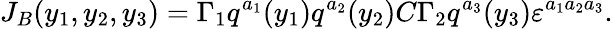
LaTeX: J_{B}(y_{1},y_{2},y_{3})=\Gamma_{1}q^{a_{1}}(y_{1})q^{a_{2}}(y_{2})C\Gamma_{2}q^{a_{3}}(y_{3})\varepsilon^{a_{1}a_{2}a_{3}}.